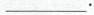
___